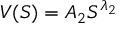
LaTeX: V ( S ) = A _ { 2 } S ^ { \lambda _ { 2 } }